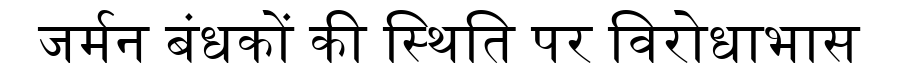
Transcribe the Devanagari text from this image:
जर्मन बंधकों की स्थिति पर विरोधाभास